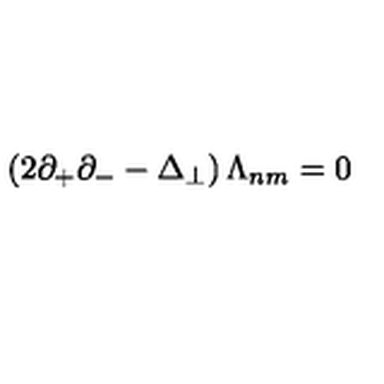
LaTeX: \left( 2 \partial _ { + } \partial _ { - } - \Delta _ { \perp } \right) \Lambda _ { n m } = 0